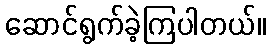
ဆောင်ရွက်ခဲ့ကြပါတယ်။